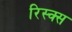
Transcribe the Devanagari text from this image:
रिस्क्स